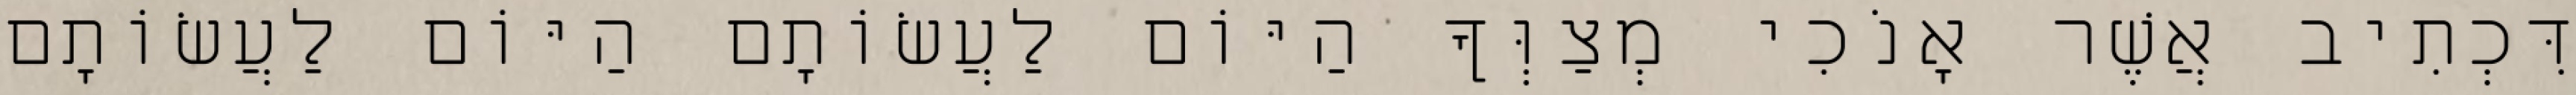
דִּכְתִיב אֲשֶׁר אָנֹכִי מְצַוְּךָ הַיּוֹם לַעֲשׂוֹתָם הַיּוֹם לַעֲשׂוֹתָם